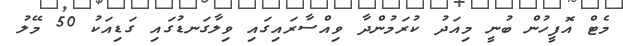
މެޓް އޮފީހުން ބުނީ މިއަދު ކުރަމުންދާ ވިއްސާރައިގައި ވިލާގަނޑުގައި ގަޑިއަކު 50 މޭލު